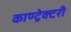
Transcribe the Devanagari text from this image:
काण्ट्रेक्टरी